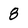
Character: 8